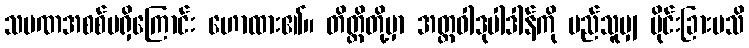
သမဏအစစ်မရှိကြောင်း ဟောထား၏။ တိတ္ထိတို့မှာ အတ္တဝါဒုပါဒါန်ကို မည်သူမျှ ပိုင်းခြားမသိ